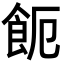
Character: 𩚚